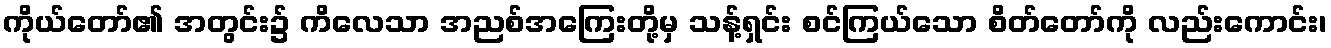
ကိုယ်တော်၏ အတွင်း၌ ကိလေသာ အညစ်အကြေးတို့မှ သန့်ရှင်း စင်ကြယ်သော စိတ်တော်ကို လည်းကောင်း၊